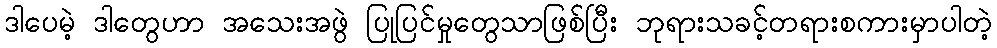
ဒါပေမဲ့ ဒါတွေဟာ အသေးအဖွဲ ပြုပြင်မှုတွေသာဖြစ်ပြီး ဘုရားသခင့်တရားစကားမှာပါတဲ့